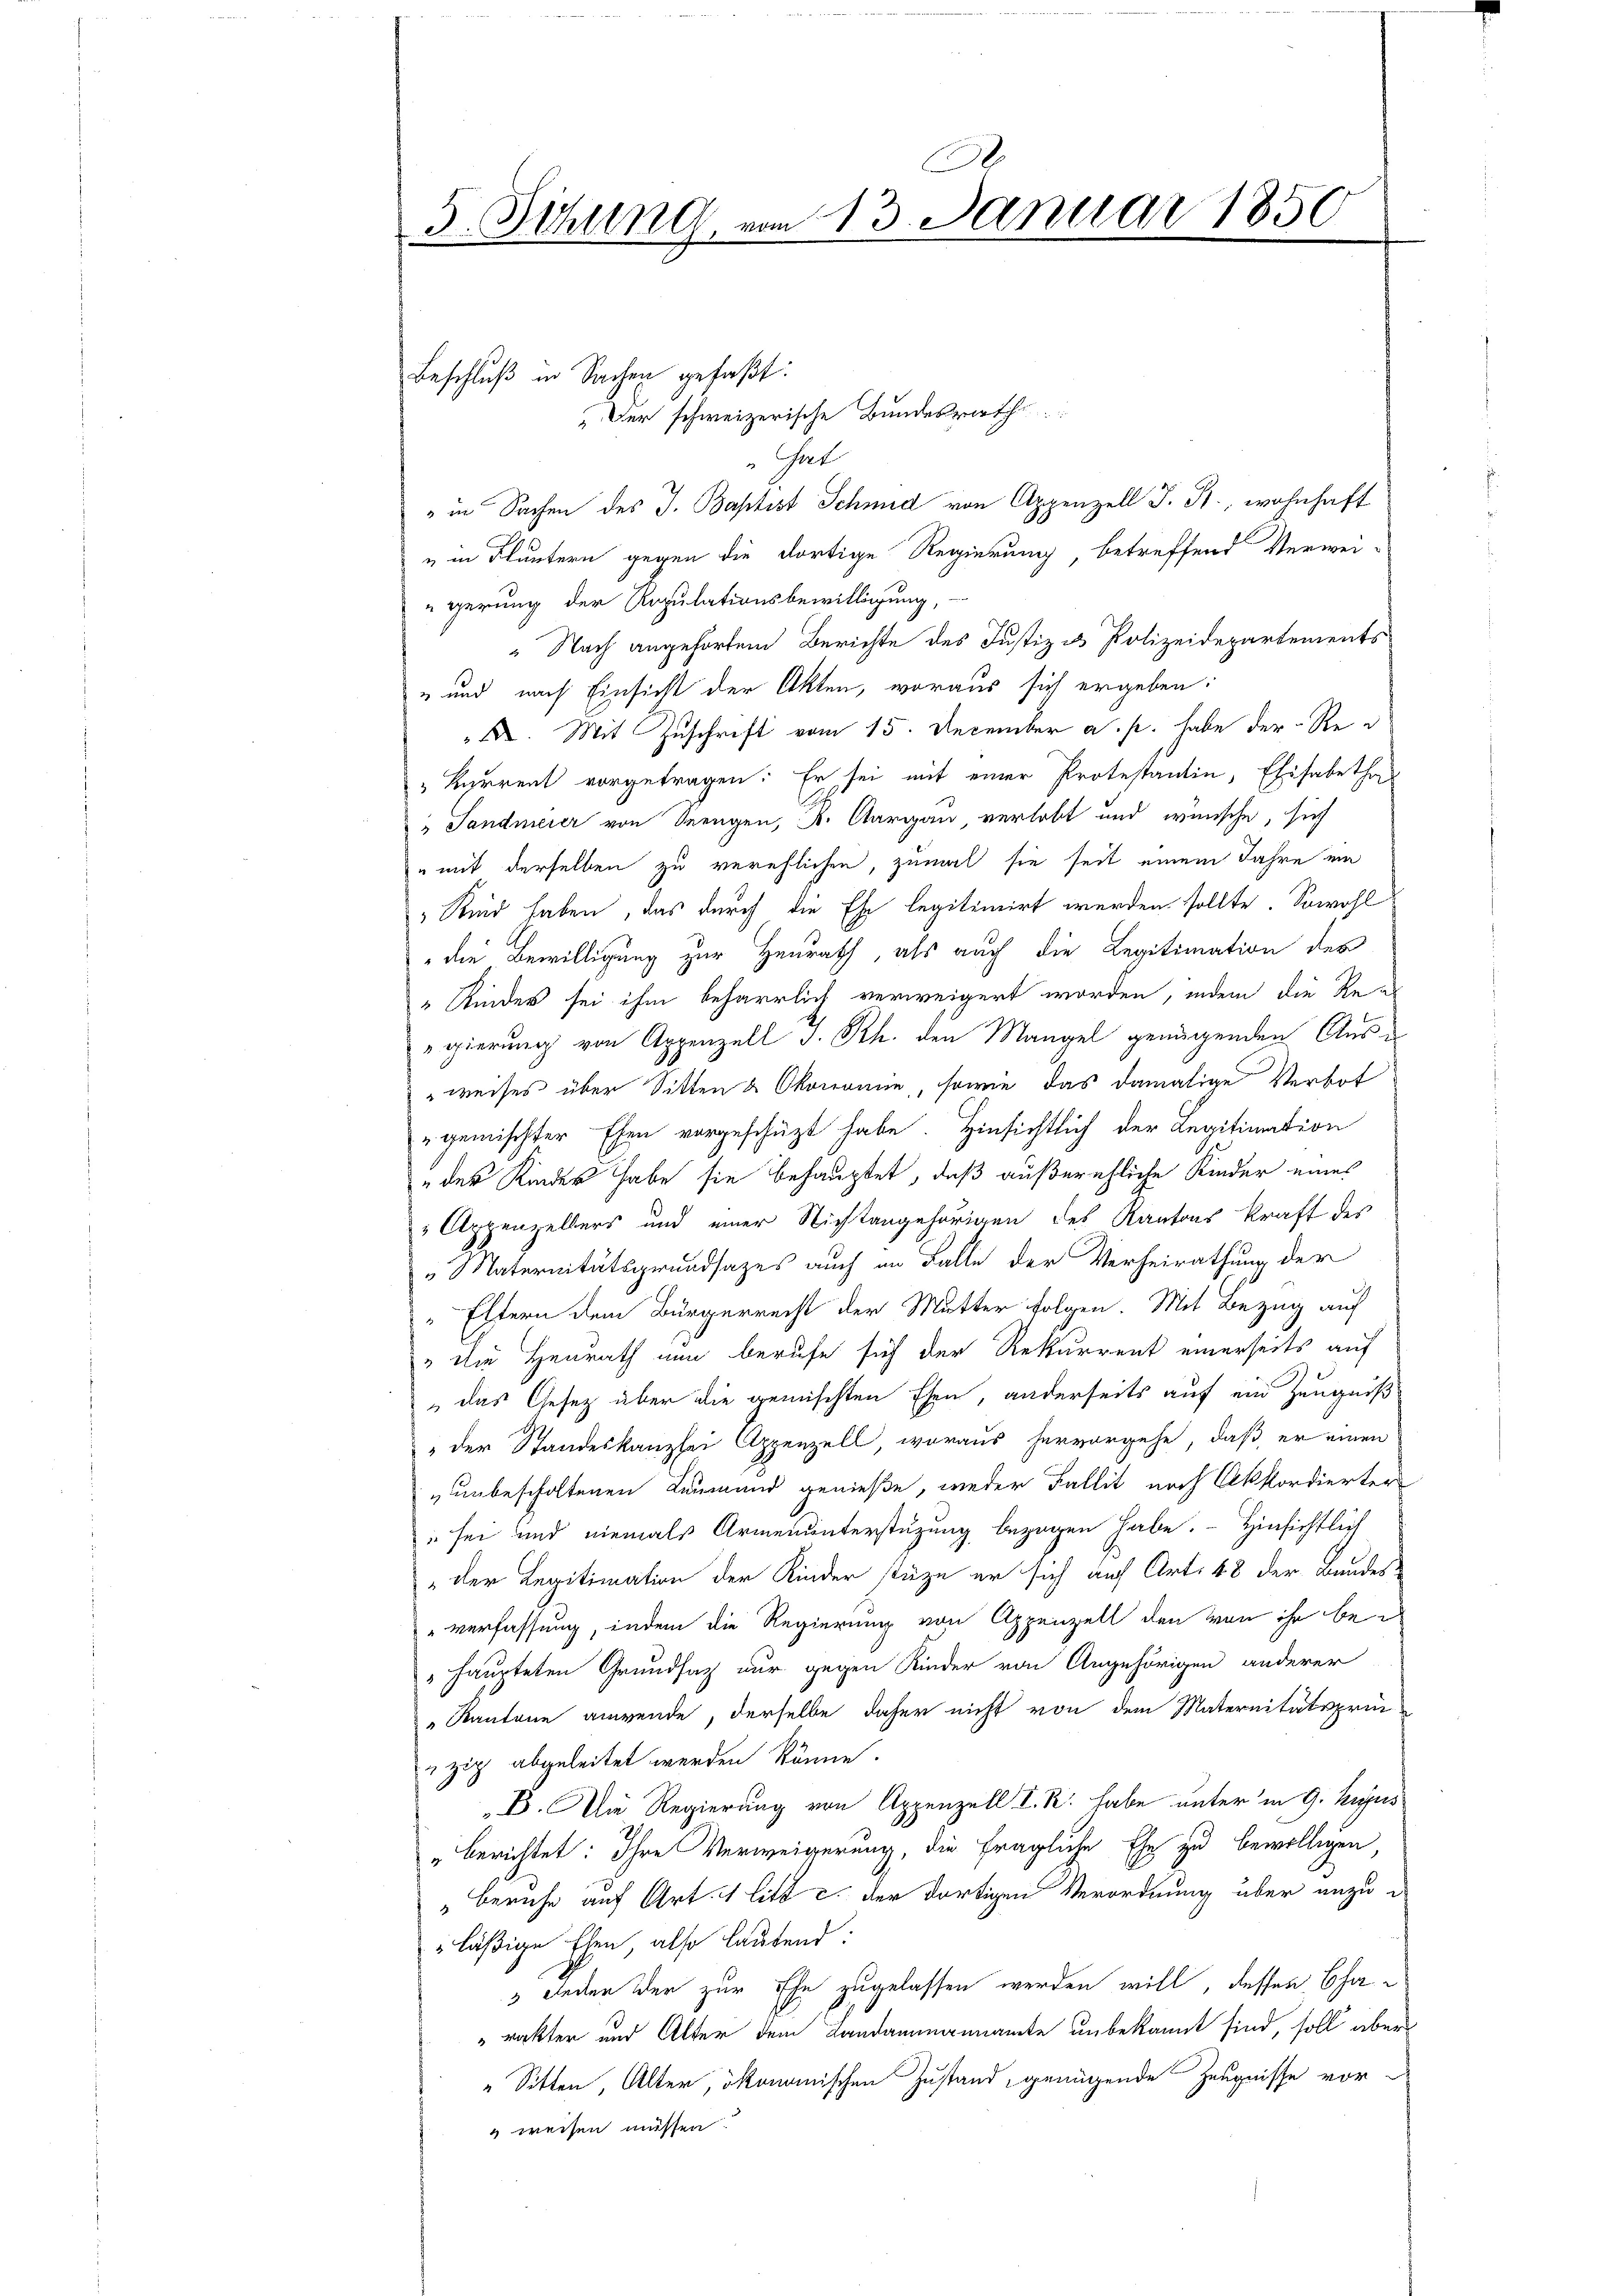
.
5. Sitzung vom 13. Januar 1850

Gat
" in Sachen des J. Baptist Schmid von Appenzell I. St., wohnhaft
u in Fluntern gegen die dortige Regierung betreffend Verwei-
gerung der Regulationsbewilligung,
“ Nach angehörten Berichte des Justiz & Polizeidepartements
" und nach Einsicht der Akten, woraus sich ergeben:
F. Mit Zuschrift vom 15. December a. p. habe der Re
" Baurent vorgetragen: Er sei mit einer Protestantin, Elisabetha
"Jandmeier von Mengen, A. Aargau, verlobt und wünsche, sich
" mit derselben zu verehlichen, zumal sie seit einem Jahre ein
" Kind haben, das durch die Ehe legitimirt werden sollte. Sowohl
die Bewilligung zur Heurath, als auch die Legitimation des
„Kindes sei ihm beharrlich verweigert worden, indem die Re-
gierung von Appenzell I. Rh. den Mangel genügenden Ausweises über Sitten & Okonomie, sowie das damalige Verbot
gemischter Ehen vorgeschüzt habe. Hinsichtlich der Legitimation
eder Kindes habe sie behauptet, daß außerehliche Kinder eines
 Appenzellers und einer Nichtangehörigen des Kantons kraft des
NNaternitätsgrundsazes auch in Falle der Verheirathung der
" Eltern dem Bürgerrecht der Mutter folgen. Mit Bezug auf
" die Heurath nun berufe sich der Rekurrent einerseits auf
" das Gesetz über die gemischten Ehen, anderseits auf ein Zeugniß
" der Standeskanzlei Appenzell, woraus hervorgehe, daß er einen
„unbescholtenen Leumund genieße, weder Fallit nach Akkordierter
" sei und niemals Armenunterstützung bezogen habe. - Hinsichtlich
„der Legitimation der Kinder stüze er sich auf Art. 48 der Bundes-
" verfassung, indem die Regierung von Appenzell den von ihr bei
haupteten Grundsatz nur gegen Kinder von Angehörigen anderer
Kantone anwende, derselbe daher nicht von dem Maternitätsprin-
zig abgeleitet werden könne.
B. Die Regierung von Appenzell I. R. habe unter in 9. hujus
" berichtet: Ihre Verweigerung, die fragliche Ehe zu bewilligen,
Beruhe auf Art. 1 litt c. der dortigen Verordnung über anzu-
läßige Ehen, also lautend:
3 Jeden der zur Ehe zugelassen werden will, dessen Charackten und Alter dem Landammannamte unbekannt sind, soll aber
"Sitten, Alter, ökommischen Zustand, genügende Zeugnisse vor¬
 weisen müssen.

Beschluß in Sachen gefaßt:
Der schweizerische Bundesrathe